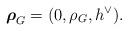
LaTeX: \begin{align*}\boldsymbol{\rho}_G= (0, \rho_G, h^{\vee}).\end{align*}